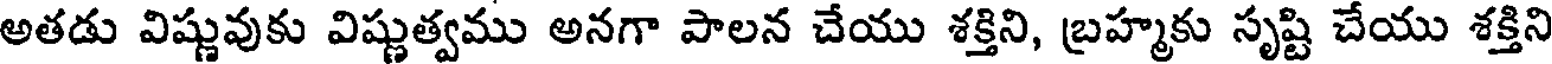
అతడు విష్ణువుకు విష్ణుత్వము అనగా పాలన చేయు శక్తిని, బ్రహ్మకు సృష్టి చేయు శక్తిని